Leucocytozoon canis - Number 26
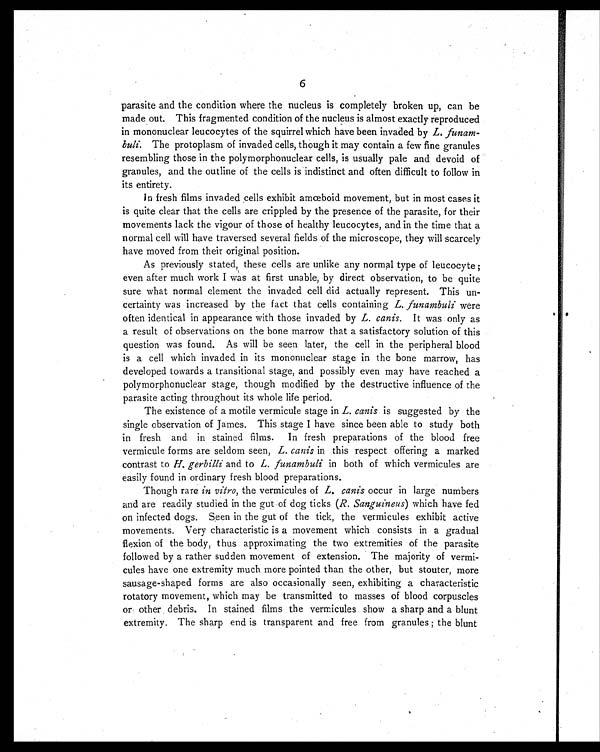
6
parasite and the condition where the nucleus is completely broken up, can be
made out. This fragmented condition of the nucleus is almost exactly reproduced
in mononuclear leucocytes of the squirrel which have been invaded by L. funam-
buli. The protoplasm of invaded cells, though it may contain a few fine granules
resembling those in the polymorphonuclear cells, is usually pale and devoid of
granules, and the outline of the cells is indistinct and often difficult to follow in
its entirety.
In fresh films invaded cells exhibit amœboid movement, but in most cases it
is quite clear that the cells are crippled by the presence of the parasite, for their
movements lack the vigour of those of healthy leucocytes, and in the time that a
normal cell will have traversed several fields of the microscope, they will scarcely
have moved from their original position.
As previously stated, these cells are unlike any normal type of leucocyte ;
even after much work I was at first unable, by direct observation, to be quite
sure what normal element the invaded cell did actually represent. This un-
certainty was increased by the fact that cells containing L. funambuli were
often identical in appearance with those invaded by L. canis. It was only as
a result of observations on the bone marrow that a satisfactory solution of this
question was found. As will be seen later, the cell in the peripheral blood
is a cell which invaded in its mononuclear stage in the bone marrow, has
developed towards a transitional stage, and possibly even may have reached a
polymorphonuclear stage, though modified by the destructive influence of the
parasite acting throughout its whole life period.
The existence of a motile vermicule stage in L. canis is suggested by the
single observation of James. This stage I have since been able to study both
in fresh and in stained films. In fresh preparations of the blood free
vermicule forms are seldom seen, L. canis in this respect offering a marked
contrast to H. gerbilli and to L. funambuli in both of which vermicules are
easily found in ordinary fresh blood preparations.
Though rare in vitro, the vermicules of L. canis occur in large numbers
and are readily studied in the gut of dog ticks ( R. Sanguineus) which have fed
on infected dogs. Seen in the gut of the tick, the vermicules exhibit active
movements. Very characteristic is a movement which consists in a gradual
flexion of the body, thus approximating the two extremities of the parasite
followed by a rather sudden movement of extension. The majority of vermi-
cules have one extremity much more pointed than the other, but stouter, more
sausage-shaped forms are also occasionally seen, exhibiting a characteristic
rotatory movement, which may be transmitted to masses of blood corpuscles
or other debris. In stained films the vermicules show a sharp and a blunt
extremity. The sharp end is transparent and free from granules ; the blunt